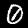
Label: 0